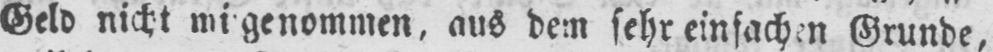
aus dem sehr einfachen Grunde,